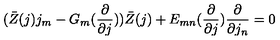
( \bar { Z } ( j ) j _ { m } - G _ { m } ( \frac { \partial } { \partial j } ) ) \bar { Z } ( j ) + E _ { m n } ( \frac { \partial } { \partial j } ) \frac { \partial } { \partial j _ { n } } = 0